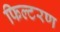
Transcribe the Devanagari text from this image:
फिल्टरण